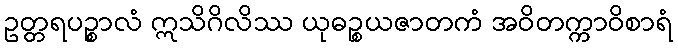
ဥတ္တရပဉ္စာလံ ဣသိဂိလိဿ ယုဓဉ္စယဇာတကံ အဝိတက္ကာဝိစာရံ